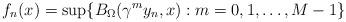
LaTeX: \begin{align*}f_n(x) = \sup\{ B_\Omega(\gamma^m y_n, x) : m=0,1,\dots, M-1\}\end{align*}